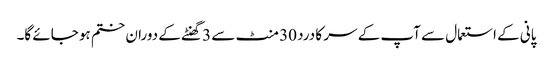
پانی کے استعمال سے آپ کے سر کا درد 30 منٹ سے 3 گھنٹے کے دوران ختم ہو جائے گا۔